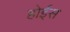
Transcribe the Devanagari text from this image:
होईस